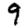
Digit: 9